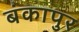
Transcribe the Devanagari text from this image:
बंकापुर